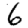
Digit: 6